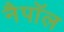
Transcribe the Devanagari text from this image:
नैपॉल